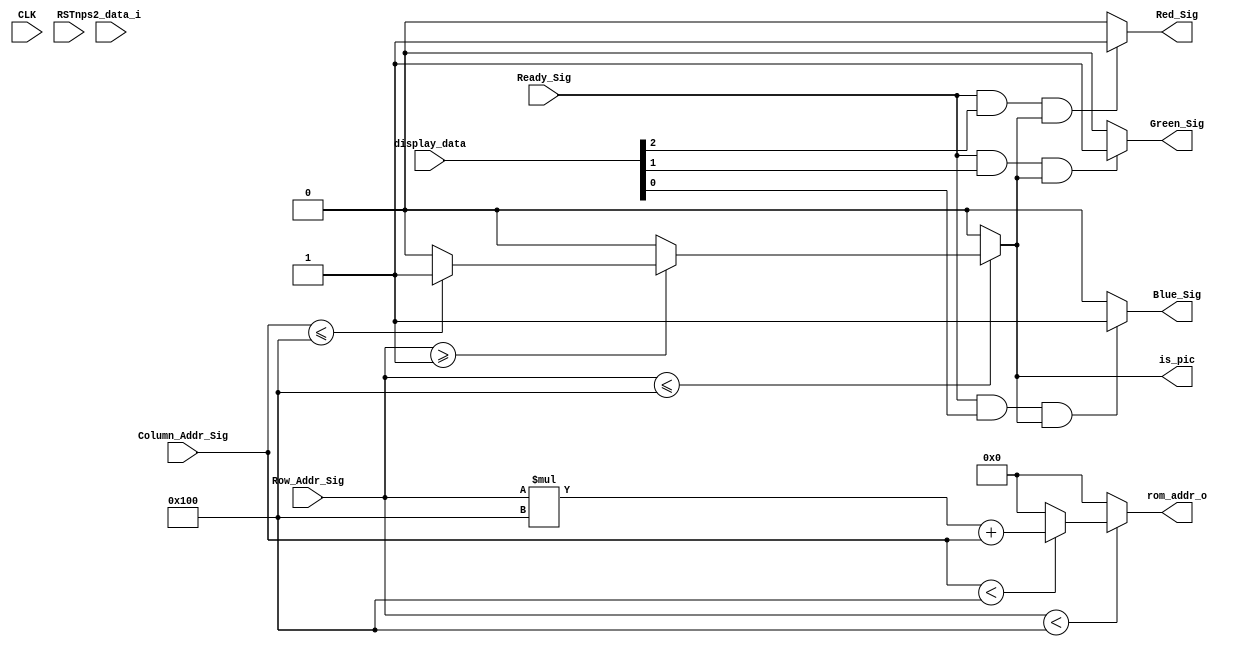


module vga_control_module
(
    CLK, RSTn,
	 Ready_Sig, Column_Addr_Sig, Row_Addr_Sig,
	 Red_Sig, Green_Sig, Blue_Sig,
	 ps2_data_i,
	 rom_addr_o,display_data,
	 is_pic
);


	 input CLK;
	 input RSTn;
	 input Ready_Sig;
	 input [10:0]	Column_Addr_Sig;
	 input [10:0]	Row_Addr_Sig;
	 input [7:0] 	ps2_data_i;
	 input [2:0]	display_data;
	 output [15:0]	rom_addr_o;
	 output Red_Sig;
	 output Green_Sig;
	 output Blue_Sig;
	 output is_pic;
	 
	 
	 reg[15:0] posx = 400;
	 reg[15:0] posy = 400;
	 wire[15:0]  rom_addr_r;
	 reg[5:0]  rom_col_addr_r = 0;
	 parameter length = 50;
	 /**********************************/
	 reg isRectangle;
	//   resolution 1440*900   frame_rate 60Hz
//	   clk_fre = 84.960MHz
parameter H_SYN 		= 32;
parameter H_BKPORCH 	= 80;
parameter H_DATA 		= 1440;
parameter H_FTPORCH		= 48;
parameter H_TOTAL    	= 1600;


parameter V_SYN 		= 6;
parameter V_BKPORCH 	= 17;
parameter V_DATA 		= 900;
parameter V_FTPORCH		= 3;
parameter V_TOTAL    	= 926 ;


//	 assign is_pic = (Row_Addr_Sig < 256) &&  (Column_Addr_Sig < 256);
	 
	 
	 always @ ( posedge CLK or negedge RSTn )begin
		if( !RSTn )begin
			posx <= 0;
			posy <= 0;
		end
		
	    else if(ps2_data_i == 'h75)begin
			if(posx <= 20)
				posx <= 0;
			else
				posx <= posx - 20;
		 end
		 
		else if(ps2_data_i == 'h72)begin
			if(posx >= 816)
				posx <= 836;
			else
				posx <= posx + 20;
		end
		
		else if(ps2_data_i == 'h6b)begin
			if(posy <= 20)
				posy <= 0;
			else
				posy <= posy - 20;
		end
		else if(ps2_data_i == 'h74)begin
			if(posy >= 1356)
				posy <= 1376;
			else
				posy <= posy + 20;
		end
	 end
	 
	 
	 
	 
	 always @ ( posedge CLK or negedge RSTn )
	     if( !RSTn )
		      isRectangle <= 1'b0;
		  else if( (Column_Addr_Sig >= posy) && (Column_Addr_Sig <= (posy + length))
					&& (Row_Addr_Sig >= posx) && (Row_Addr_Sig <= (posx + length)) )
			isRectangle <= 1'b1;
		  else
			isRectangle <= 1'b0;
		
// 			pika display

		
	assign is_pic = Row_Addr_Sig <= 256 ?
					Row_Addr_Sig >= 1 ?
					Column_Addr_Sig <= 256 ?
					Column_Addr_Sig <= 256 ? 1 : 0 : 0 : 0 : 0;
					
	assign rom_addr_r = Row_Addr_Sig < 256 ?
					Column_Addr_Sig < 256 ? Row_Addr_Sig*256 + Column_Addr_Sig : 0 : 0; 				

	 
	 always @ ( posedge CLK or negedge RSTn )
	 if( !RSTn )
		  rom_col_addr_r <= 5'b0;
	  else if( Ready_Sig && Column_Addr_Sig - posy< 64 )
			rom_col_addr_r <= Column_Addr_Sig[5:0] ;

	/************************************/
     assign rom_addr_o = rom_addr_r[15:0];			
	 assign Red_Sig   = Ready_Sig && display_data[2] && is_pic ? 1'b1 : 1'b0;
	 assign Green_Sig = Ready_Sig && display_data[1] && is_pic ? 1'b1 : 1'b0;
	 assign Blue_Sig  = Ready_Sig && display_data[0] && is_pic ? 1'b1 : 1'b0;
	 
	/***********************************/
	 

endmodule